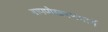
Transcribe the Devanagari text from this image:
बापपोखरणमार्गे